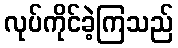
လုပ်ကိုင်ခဲ့ကြသည်